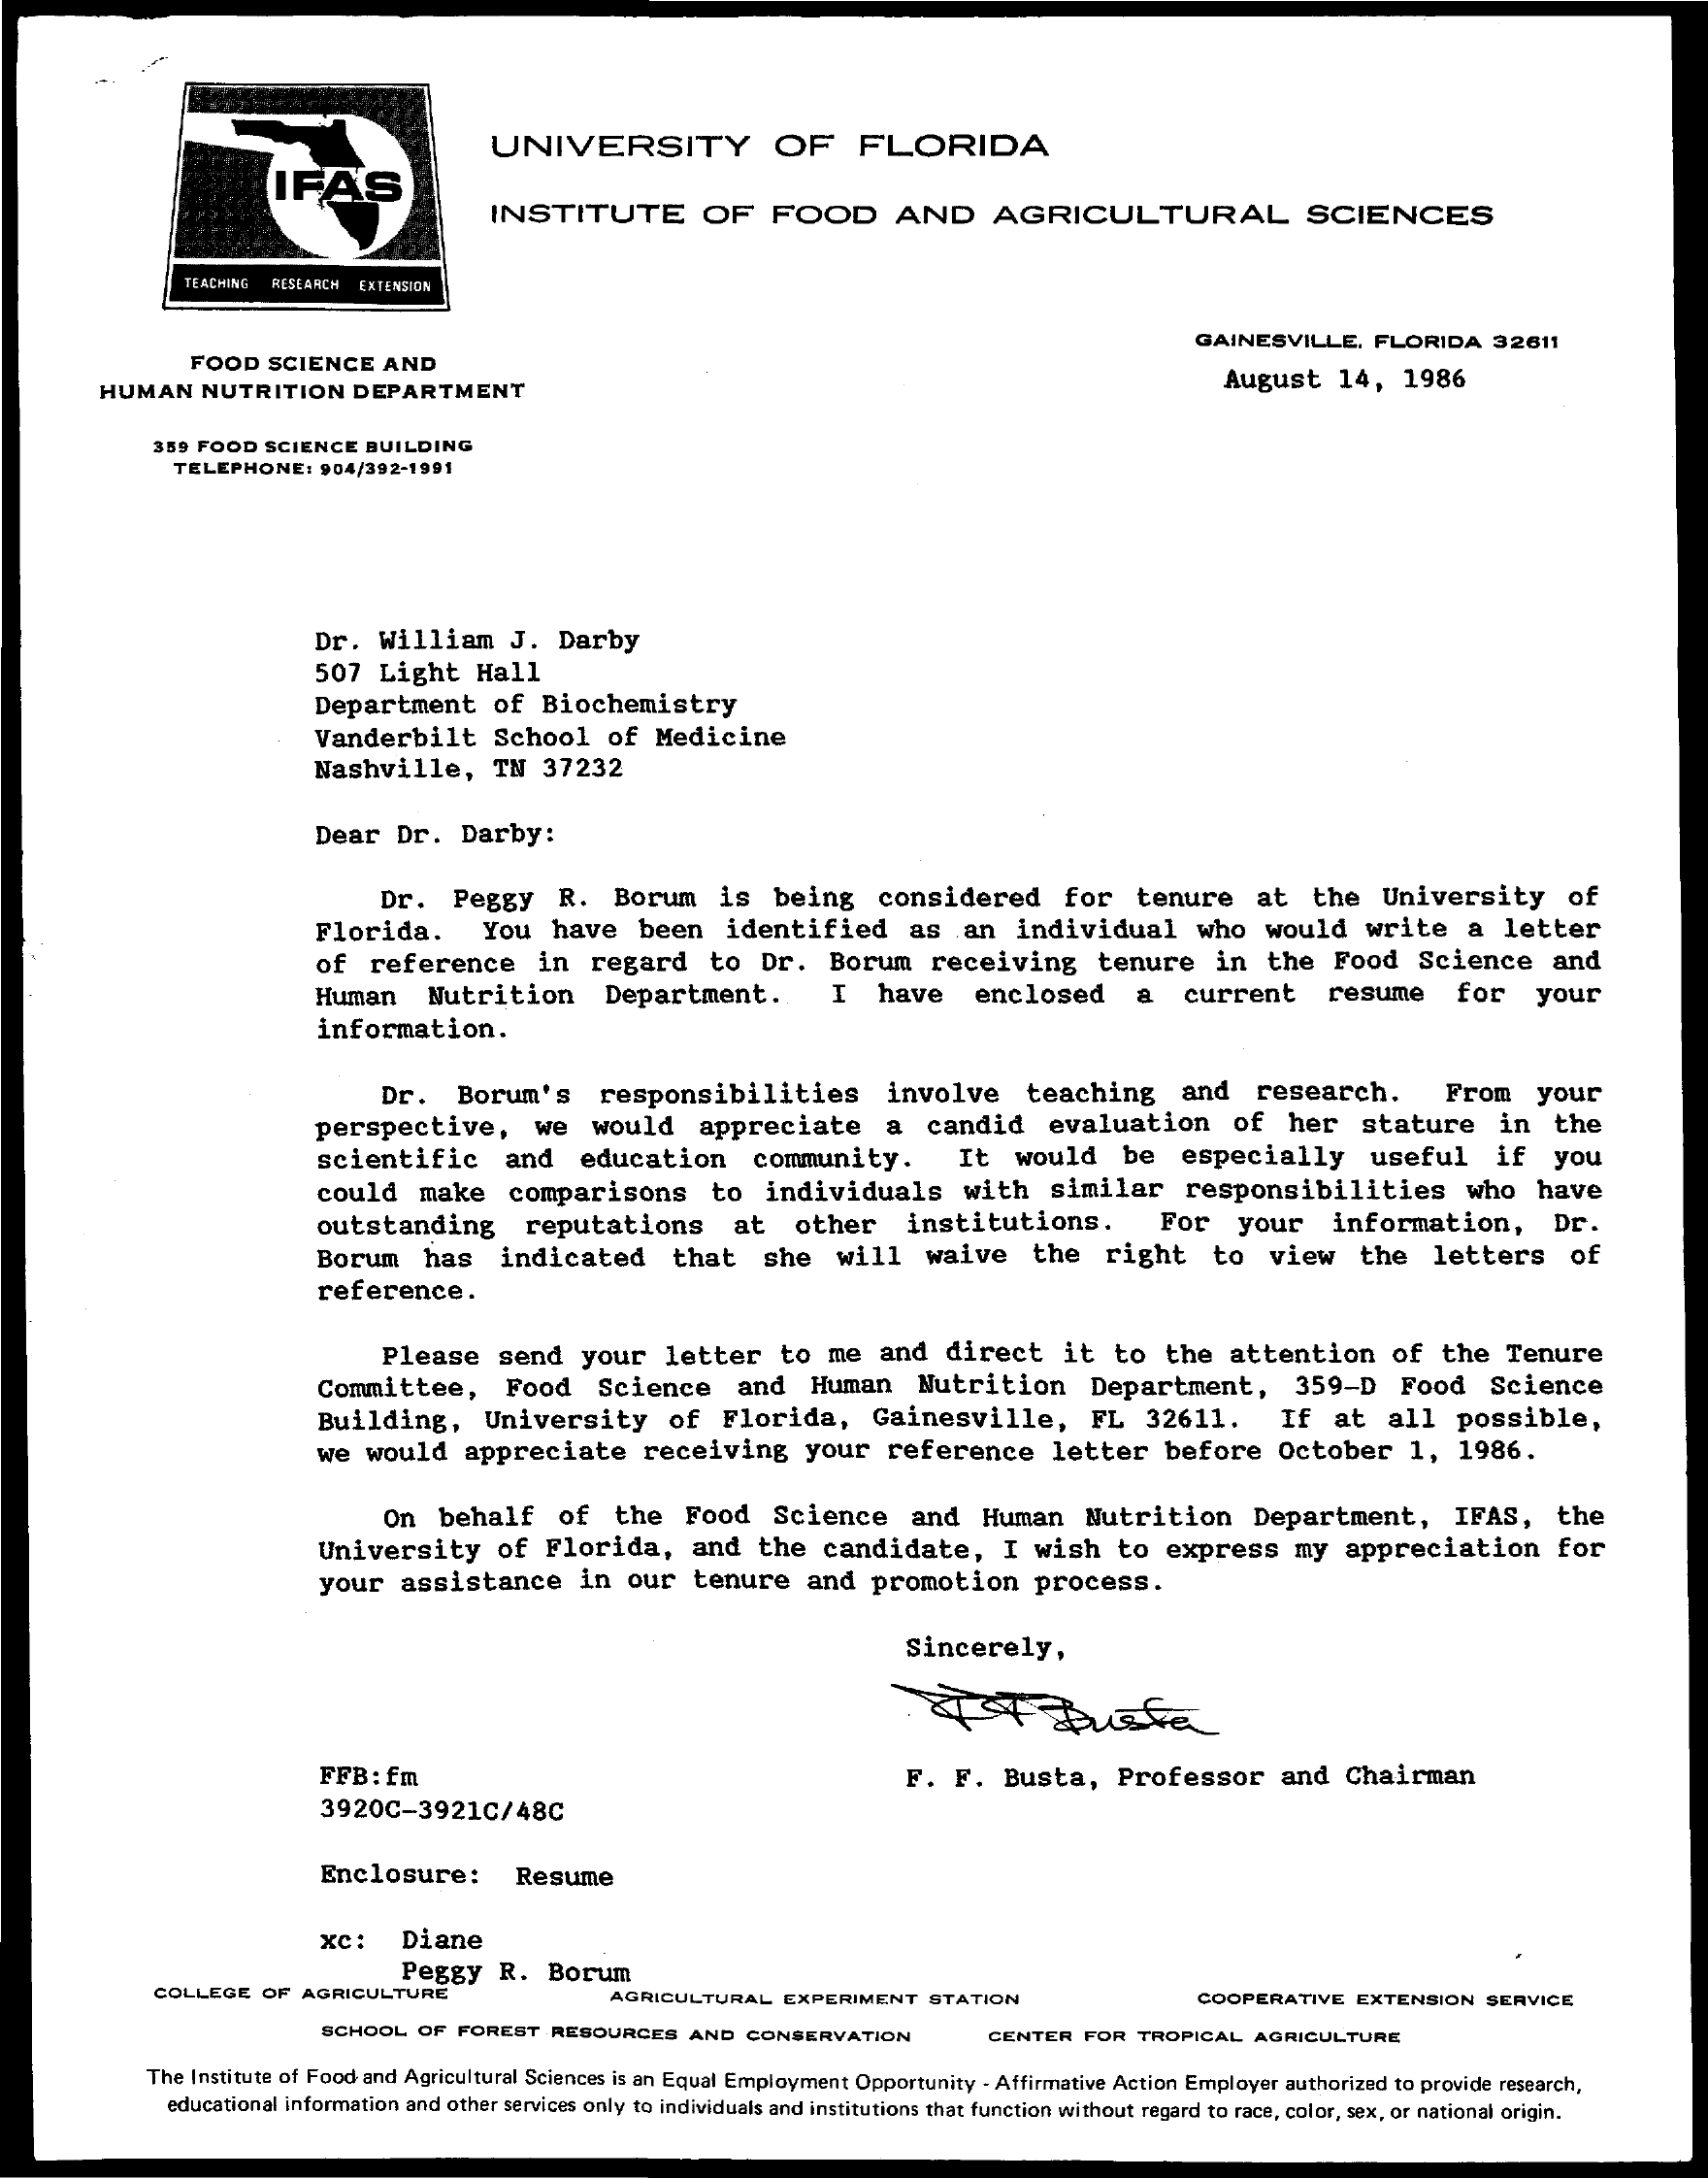
IFAS
     UNIVERSITY    OF    FLORIDA
     INSTITUTE    OF    FOOD    AND    AGRICULTURAL    SCIENCES
     LACHING RESEARCH EXTENSION
     FOOD   SCIENCE   AND
     GAINESVILLE,    FLORIDA    32611
     HUMAN    NUTRITION    DEPARTMENT    August    14,   1986
     359 FOOD  SCIENCE   BUILDING
     TELEPHONE:    904/392-1991
     Dr.   William    J.  Darby
     507  Light    Hall
     Department    of   Biochemistry
     Vanderbilt    School    of  Medicine
     Nashville,    TN   37232
     Dear   Dr.   Darby:
     Dr.   Peggy    R.   Borum    is   being    considered    for    tenure    at    the   University    of
     Florida.    You    have    been    identified    as    an  individual    who   would    write    a  letter
     of   reference    in   regard    to   Dr.   Borum    receiving    tenure    in  the   Food    Science    and
     Human    Nutrition    Department.    I    have    enclosed    a   current    resume    for    your
     information.
     Dr.   Borum's    responsibilities    involve    teaching    and    research.    From    your
     perspective,    we   would    appreciate    a   candid    evaluation    of   her    stature    in   the
     scientific    and    education    community.    It   would    be    especially    useful    if   you
     could   make    comparisons    to   individuals    with    similar    responsibilities    who   have
     outstanding    reputations    at    other    institutions.    For    your    information,    Dr.
     Borum    has    indicated    that    she    will    waive    the    right    to   view    the    letters    of
     reference.
     Please    send   your    letter    to  me   and   direct    it  to   the   attention    of   the   Tenure
     Committee,    Food    Science    and   Human    Nutrition    Department,    359-D    Food    Science
     Building,    University    of   Florida,    Gainesville,    FL   32611.    If   at   all   possible,
     we  would    appreciate    receiving    your    reference    letter    before    October    1,  1986.
     On  behalf    of   the    Food    Science    and   Human    Nutrition    Department,    IFAS,    the
     University    of  Florida,    and   the  candidate,    I  wish    to  express    my   appreciation    for
     your   assistance    in  our    tenure    and   promotion    process.
     Sincerely,
     FFB: fm    F.   F.  Busta,    Professor    and   Chairman
     3920C-3921C/48C
     Enclosure:    Resume
     xc:    Diane
     Peggy    R.  Borum
     COLLEGE   OF  AGRICULTURE    AGRICULTURAL    EXPERIMENT    STATION    COOPERATIVE    EXTENSION   SERVICE
     SCHOOL  OF  FOREST   RESOURCES    AND  CONSERVATION    CENTER   FOR  TROPICAL  AGRICULTURE
     The Institute of Food and Agricultural Sciences is an Equal Employment Opportunity . Affirmative Action Employer authorized to provide research,
     educational information and other services only to individuals and institutions that function without regard to race, color, sex, or national origin.